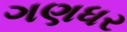
ગણધર